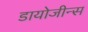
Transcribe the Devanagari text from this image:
डायोजीन्स